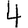
Digit: 4